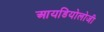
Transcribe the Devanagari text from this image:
आयडियोलोजी